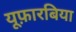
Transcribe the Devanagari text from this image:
यूफ़ारबिया